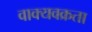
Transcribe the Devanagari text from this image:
वाक्यवक्रता